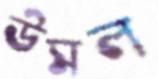
উসল